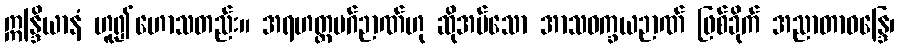
ဣန္ဒြိယာနံ ဟူ၍ဟောသတည်း။ အရဟတ္တမဂ်ဉာဏ်ဟု ဆိုအပ်သော အာသဝက္ခယဉာဏ် ဖြစ်ခိုက် အညာတာဝန္ဒြေ၊